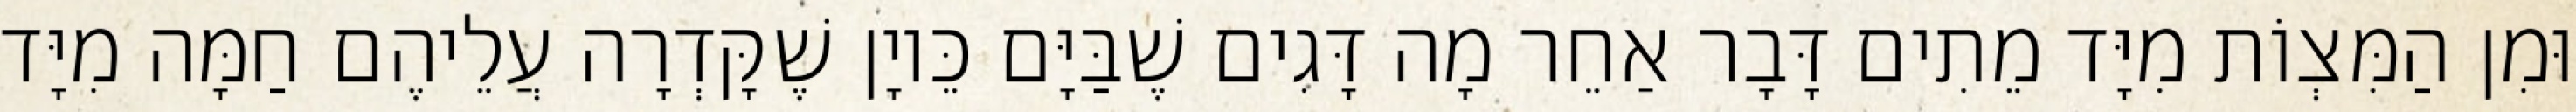
וּמִן הַמִּצְוֹת מִיָּד מֵתִים דָּבָר אַחֵר מָה דָּגִים שֶׁבַּיָּם כֵּיוָן שֶׁקָּדְרָה עֲלֵיהֶם חַמָּה מִיָּד